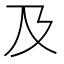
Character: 及